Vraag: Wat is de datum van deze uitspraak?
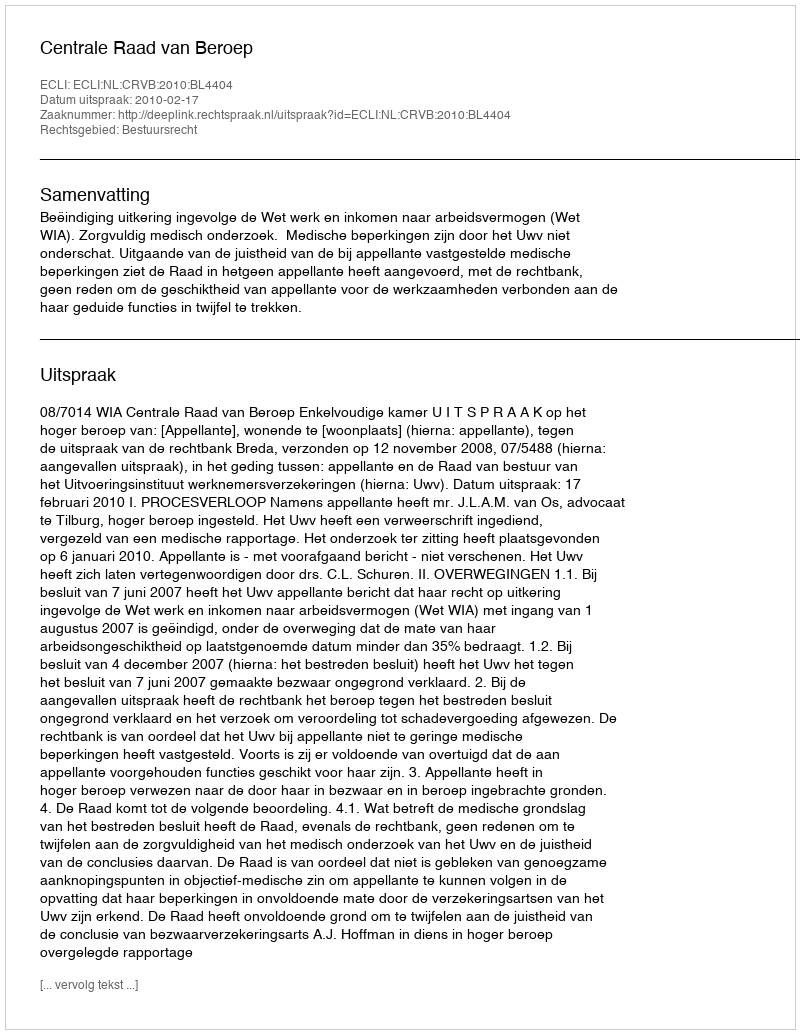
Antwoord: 2010-02-17